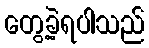
တွေ့ခဲ့ရပါသည်